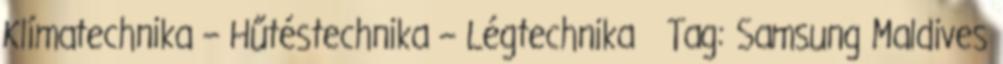
Klímatechnika – Hűtéstechnika – Légtechnika Tag: Samsung Maldives